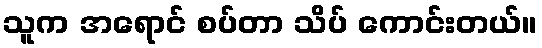
သူက အရောင် စပ်တာ သိပ် ကောင်းတယ်။